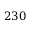
2 3 0